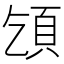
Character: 𩑔